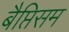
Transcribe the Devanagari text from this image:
बैप्तिसम